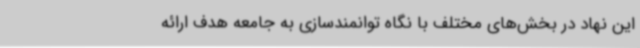
این نهاد در بخش‌های مختلف با نگاه توانمندسازی به جامعه هدف ارائه